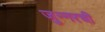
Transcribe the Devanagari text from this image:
जुन्‍नरची